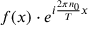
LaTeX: f ( x ) \cdot e ^ { i { \frac { 2 \pi n _ { 0 } } { T } } x }